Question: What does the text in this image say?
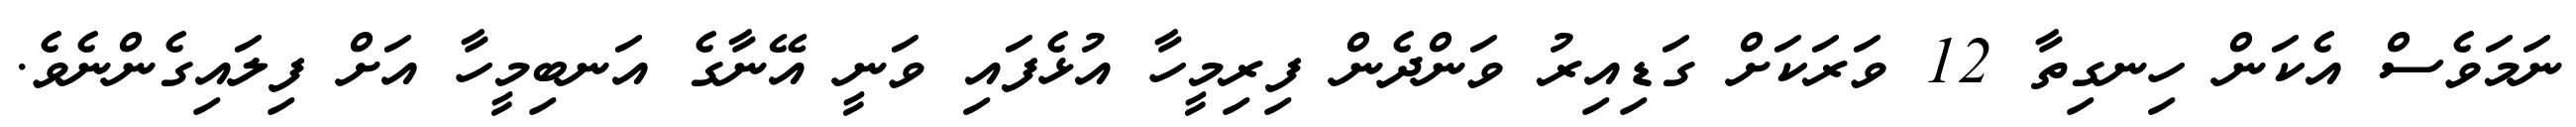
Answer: ނަމަވެސް އެކަން ހިނގިތާ 12 ވަރަކަށް ގަޑިއިރު ވަންދެން ފިރިމީހާ އުޅެފައި ވަނީ އޭނާގެ އަނބިމީހާ އަށް ފިލައިގެންނެވެ.